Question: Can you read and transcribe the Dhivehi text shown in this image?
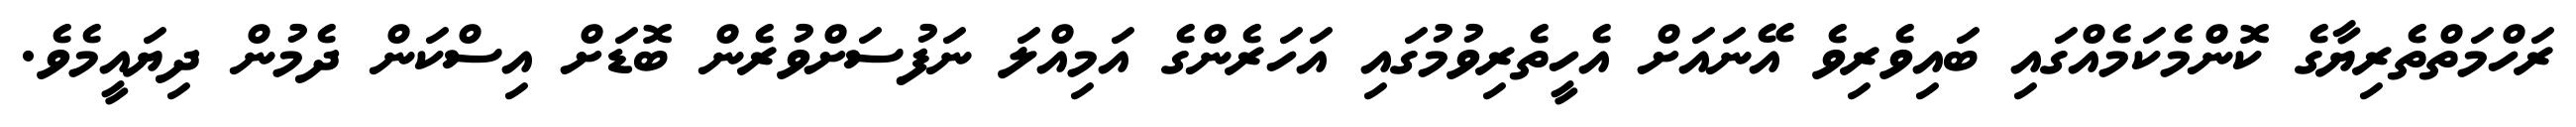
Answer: ރަހްމަތްތެރިޔާގެ ކޮންމެކަމެއްގައި ބައިވެރިވެ އޭނައަށް އެހީތެރިވުމުގައި އަހަރެންގެ އަމިއްލަ ނަފުސަށްވުރެން ބޮޑަށް އިސްކަން ދެމުން ދިޔައީމެވެ.